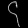
Digit: ၄